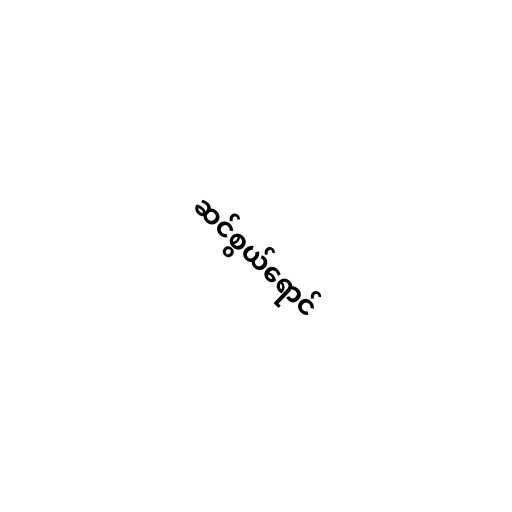
ဆင်စွယ်ရောင်